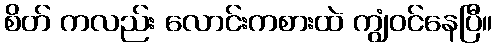
စိတ် ကလည်း လောင်းကစားထဲ ကျွံဝင်နေပြီ။